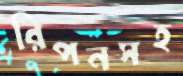
রিপনসহ